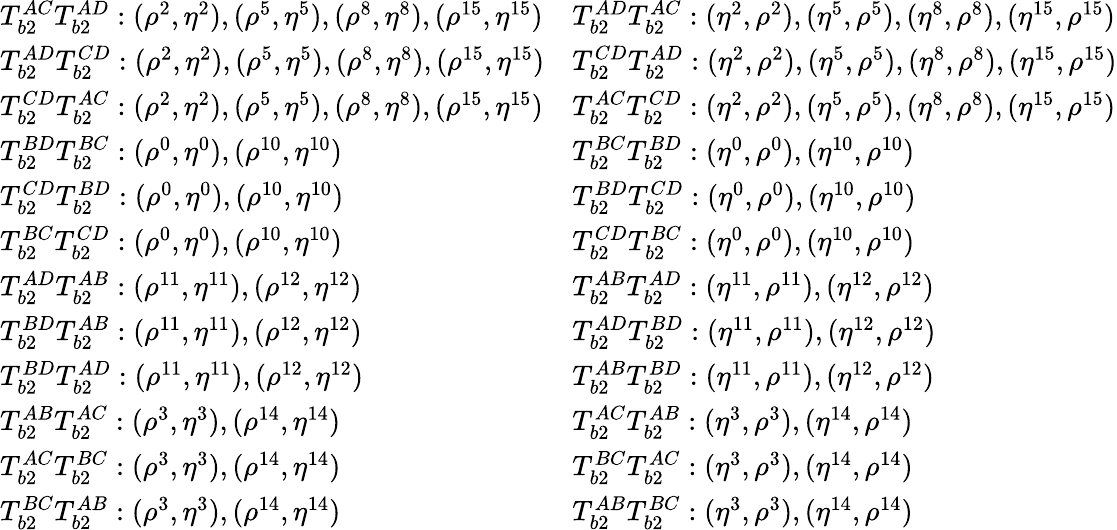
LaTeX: \begin{array}{ll}{T_{b2}^{AC}T_{b2}^{AD}:(\rho^{2},\eta^{2}),(\rho^{5},\eta^{5}),(\rho^{8},\eta^{8}),(\rho^{15},\eta^{15})}&{T_{b2}^{AD}T_{b2}^{AC}:(\eta^{2},\rho^{2}),(\eta^{5},\rho^{5}),(\eta^{8},\rho^{8}),(\eta^{15},\rho^{15})}\\ {T_{b2}^{AD}T_{b2}^{CD}:(\rho^{2},\eta^{2}),(\rho^{5},\eta^{5}),(\rho^{8},\eta^{8}),(\rho^{15},\eta^{15})}&{T_{b2}^{CD}T_{b2}^{AD}:(\eta^{2},\rho^{2}),(\eta^{5},\rho^{5}),(\eta^{8},\rho^{8}),(\eta^{15},\rho^{15})}\\ {T_{b2}^{CD}T_{b2}^{AC}:(\rho^{2},\eta^{2}),(\rho^{5},\eta^{5}),(\rho^{8},\eta^{8}),(\rho^{15},\eta^{15})}&{T_{b2}^{AC}T_{b2}^{CD}:(\eta^{2},\rho^{2}),(\eta^{5},\rho^{5}),(\eta^{8},\rho^{8}),(\eta^{15},\rho^{15})}\\ {T_{b2}^{BD}T_{b2}^{BC}:(\rho^{0},\eta^{0}),(\rho^{10},\eta^{10})}&{T_{b2}^{BC}T_{b2}^{BD}:(\eta^{0},\rho^{0}),(\eta^{10},\rho^{10})}\\ {T_{b2}^{CD}T_{b2}^{BD}:(\rho^{0},\eta^{0}),(\rho^{10},\eta^{10})}&{T_{b2}^{BD}T_{b2}^{CD}:(\eta^{0},\rho^{0}),(\eta^{10},\rho^{10})}\\ {T_{b2}^{BC}T_{b2}^{CD}:(\rho^{0},\eta^{0}),(\rho^{10},\eta^{10})}&{T_{b2}^{CD}T_{b2}^{BC}:(\eta^{0},\rho^{0}),(\eta^{10},\rho^{10})}\\ {T_{b2}^{AD}T_{b2}^{AB}:(\rho^{11},\eta^{11}),(\rho^{12},\eta^{12})}&{T_{b2}^{AB}T_{b2}^{AD}:(\eta^{11},\rho^{11}),(\eta^{12},\rho^{12})}\\ {T_{b2}^{BD}T_{b2}^{AB}:(\rho^{11},\eta^{11}),(\rho^{12},\eta^{12})}&{T_{b2}^{AD}T_{b2}^{BD}:(\eta^{11},\rho^{11}),(\eta^{12},\rho^{12})}\\ {T_{b2}^{BD}T_{b2}^{AD}:(\rho^{11},\eta^{11}),(\rho^{12},\eta^{12})}&{T_{b2}^{AB}T_{b2}^{BD}:(\eta^{11},\rho^{11}),(\eta^{12},\rho^{12})}\\ {T_{b2}^{AB}T_{b2}^{AC}:(\rho^{3},\eta^{3}),(\rho^{14},\eta^{14})}&{T_{b2}^{AC}T_{b2}^{AB}:(\eta^{3},\rho^{3}),(\eta^{14},\rho^{14})}\\ {T_{b2}^{AC}T_{b2}^{BC}:(\rho^{3},\eta^{3}),(\rho^{14},\eta^{14})}&{T_{b2}^{BC}T_{b2}^{AC}:(\eta^{3},\rho^{3}),(\eta^{14},\rho^{14})}\\ {T_{b2}^{BC}T_{b2}^{AB}:(\rho^{3},\eta^{3}),(\rho^{14},\eta^{14})}&{T_{b2}^{AB}T_{b2}^{BC}:(\eta^{3},\rho^{3}),(\eta^{14},\rho^{14})}\end{array}